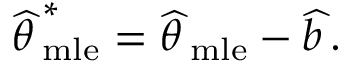
{ \widehat { \theta \, } } _ { \mathrm { m l e } } ^ { * } = { \widehat { \theta \, } } _ { \mathrm { m l e } } - { \widehat { b \, } } .